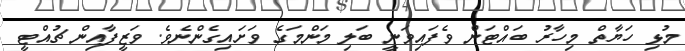
މުޅި ހަޔާތް މިހާރު ބައްޓަން ވެފައިވަނީ ބަލި މަންމަގެ ވަށައިގެންނެވެ. ވަޒީފާއިން ޗުއްޓީ